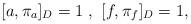
LaTeX: \begin{align*}[a , \pi_{a}]_{D} = 1~, ~[f, \pi_{f}]_{D} = 1, \end{align*}